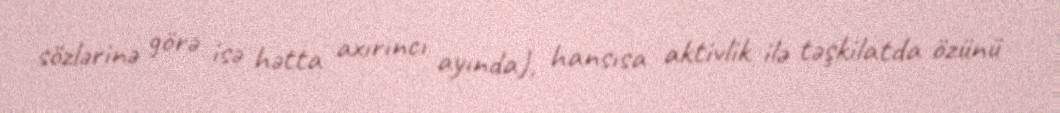
sözlərinə görə isə hətta axırıncı ayında), hansısa aktivlik ilə təşkilatda özünü